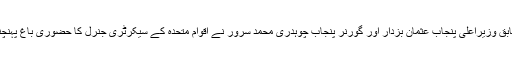
تفصیلات کے مطابق وزیراعلیٰ پنجاب عثمان بزدار اور گورنر پنجاب چوہدری محمد سرور نے اقوام متحدہ کے سیکرٹری جنرل کا حضوری باغ پہنچنے پر استقبال کیا۔